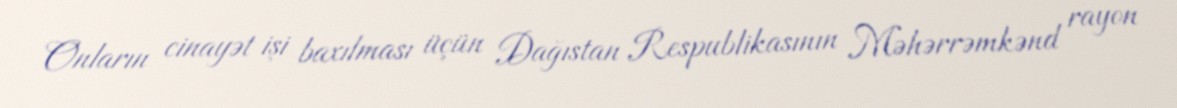
Onların cinayət işi baxılması üçün Dağıstan Respublikasının Məhərrəmkənd rayon